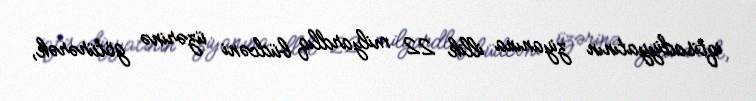
iqtisadiyyatının ziyanına illik 22 milyardlıq büdcəni üzərinə götürərək,